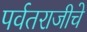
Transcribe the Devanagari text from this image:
पर्वतराजीचे